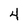
Character: 4